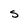
Character: S